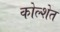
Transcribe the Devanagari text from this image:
कोल्शेत